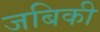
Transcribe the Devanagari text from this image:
जबिकी